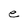
Character: e